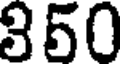
350